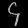
Digit: ၄